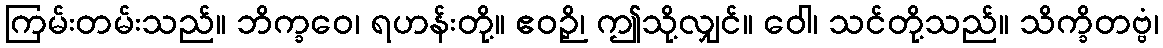
ကြမ်းတမ်းသည်။ ဘိက္ခဝေ၊ ရဟန်းတို့။ ဧဝဉှိ၊ ဤသို့လျှင်။ ဝေါ၊ သင်တို့သည်။ သိက္ခိတဗ္ဗံ၊